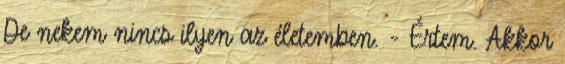
De nekem nincs ilyen az életemben. - Értem. Akkor